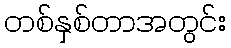
တစ်နှစ်တာအတွင်း